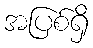
အပြစ်ရှိ